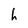
Character: h